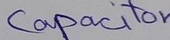
Text: Capacitor